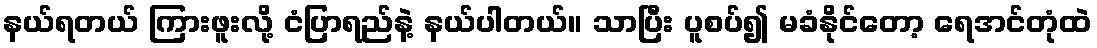
နယ်ရတယ် ကြားဖူးလို့ ငံပြာရည်နဲ့ နယ်ပါတယ်။ သာပြီး ပူစပ်၍ မခံနိုင်တော့ ရေအင်တုံထဲ